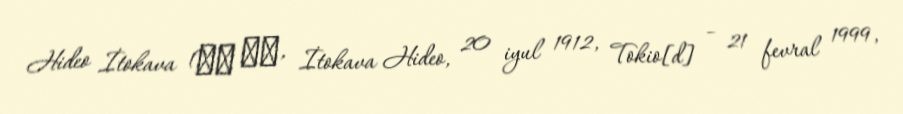
Hideo İtokava (糸川 英夫, İtokava Hideo, 20 iyul 1912, Tokio[d] – 21 fevral 1999,